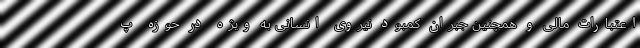
اعتبارات مالی و همچنین جبران کمبود نیروی انسانی به ویژه در حوزه پ